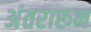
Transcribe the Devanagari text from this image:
अंतरारून